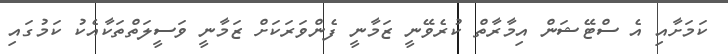
ކަމަށާއި އެ ސްޓޭޝަން އިމާރާތް ކުރެވޭނީ ޒަމާނީ ފެންވަރަކަށް ޒަމާނީ ވަސީލަތްތަކާއެކު ކަމުގައި